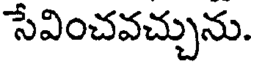
సేవించవచ్చును.